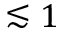
\lesssim 1